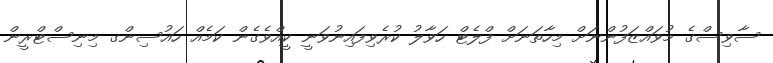
ސާވިސްގެ މުވައްޒަފުންނަށް މިހާތަނަށް ފްލެޓް ހަވާލު ކުރެވިފައިނުވަނީ ކީއްވެގެން ކަމެއް ހައުސިންގ މިނިސްޓްރީން